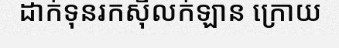
ដាក់ទុនរកស៊ីលក់ឡាន ក្រោយ